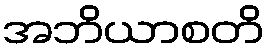
အဘိယာစတိ